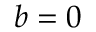
b = 0